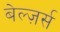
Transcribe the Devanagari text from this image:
बेल्ज़र्स